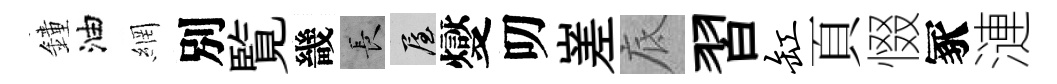
鐘油網別覧畿长屋燮叨嵳底習缸頁惙冢漣